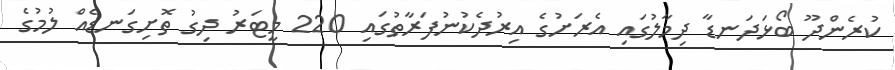
ކުރެންދޫ ބޯޅަދަނޑާ ދިމާލުގައި އެރަށުގެ އިރުދެކުނުފަރާތުގައި 220 މީޓަރު ދިގު ތޮށިގަނޑެއް ލުމުގެ